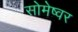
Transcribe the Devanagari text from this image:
सोमेष्वर